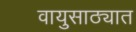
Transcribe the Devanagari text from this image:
वायुसाठ्यात